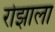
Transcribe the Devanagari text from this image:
रोझाला